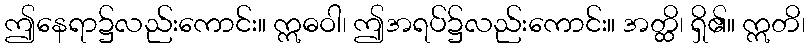
ဤနေရာ၌လည်းကောင်း။ ဣဓဝါ၊ ဤအရပ်၌လည်းကောင်း။ အတ္ထိ၊ ရှိ၏။ ဣတိ၊